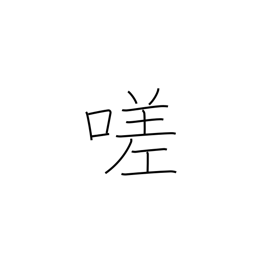
Meaning: ah